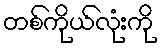
တစ်ကိုယ်လုံးကို